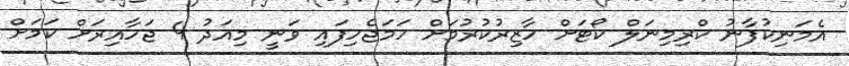
އެމަނިކުފާނު ކްރިމިނަލް ކޯޓަށް ހާޒިރުކުރުމަށް ހަމަޖެހިފައި ވަނީ މިއަދު 4 ޖަހާއިރަށް ކަމަށް